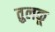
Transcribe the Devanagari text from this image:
तुलकू